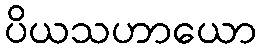
ပိယသဟာယော